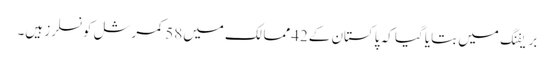
بریفنگ میں بتایا گیا کہ پاکستان کے42ممالک میں58کمرشل کونسلرز ہیں۔